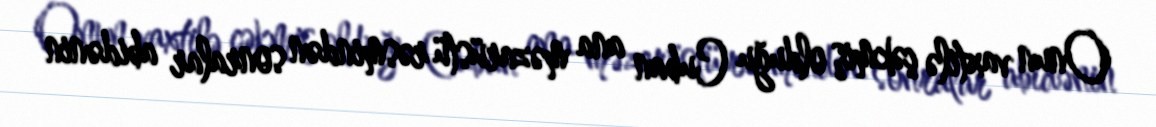
Onun vaxtilə çəkmiş olduğu Cuban ana məzarüstü rəsmindən sonralar abidənin